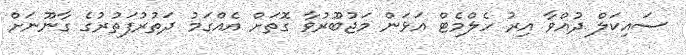
ސައިކަލް ދުއްވާ އިރު ހެލްމެޓް އަޅަން މަޖުބޫރުވާ ގޮތަށް އެއްގަމު ދަތުރުފަތުރުގެ ގާނޫނަށް